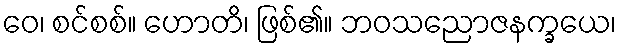
ဝေ၊ စင်စစ်။ ဟောတိ၊ ဖြစ်၏။ ဘဝသညောဇနက္ခယေ၊